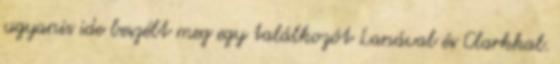
ugyanis ide beszélt meg egy találkozót Lanával és Clarkkal.